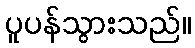
ပူပန်သွားသည်။